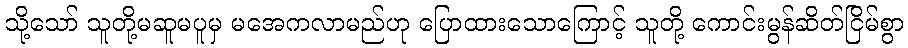
သို့သော် သူတို့မဆူမပူမှ မအေကလာမည်ဟု ပြောထားသောကြောင့် သူတို့ ကောင်းမွန်ဆိတ်ငြိမ်စွာ